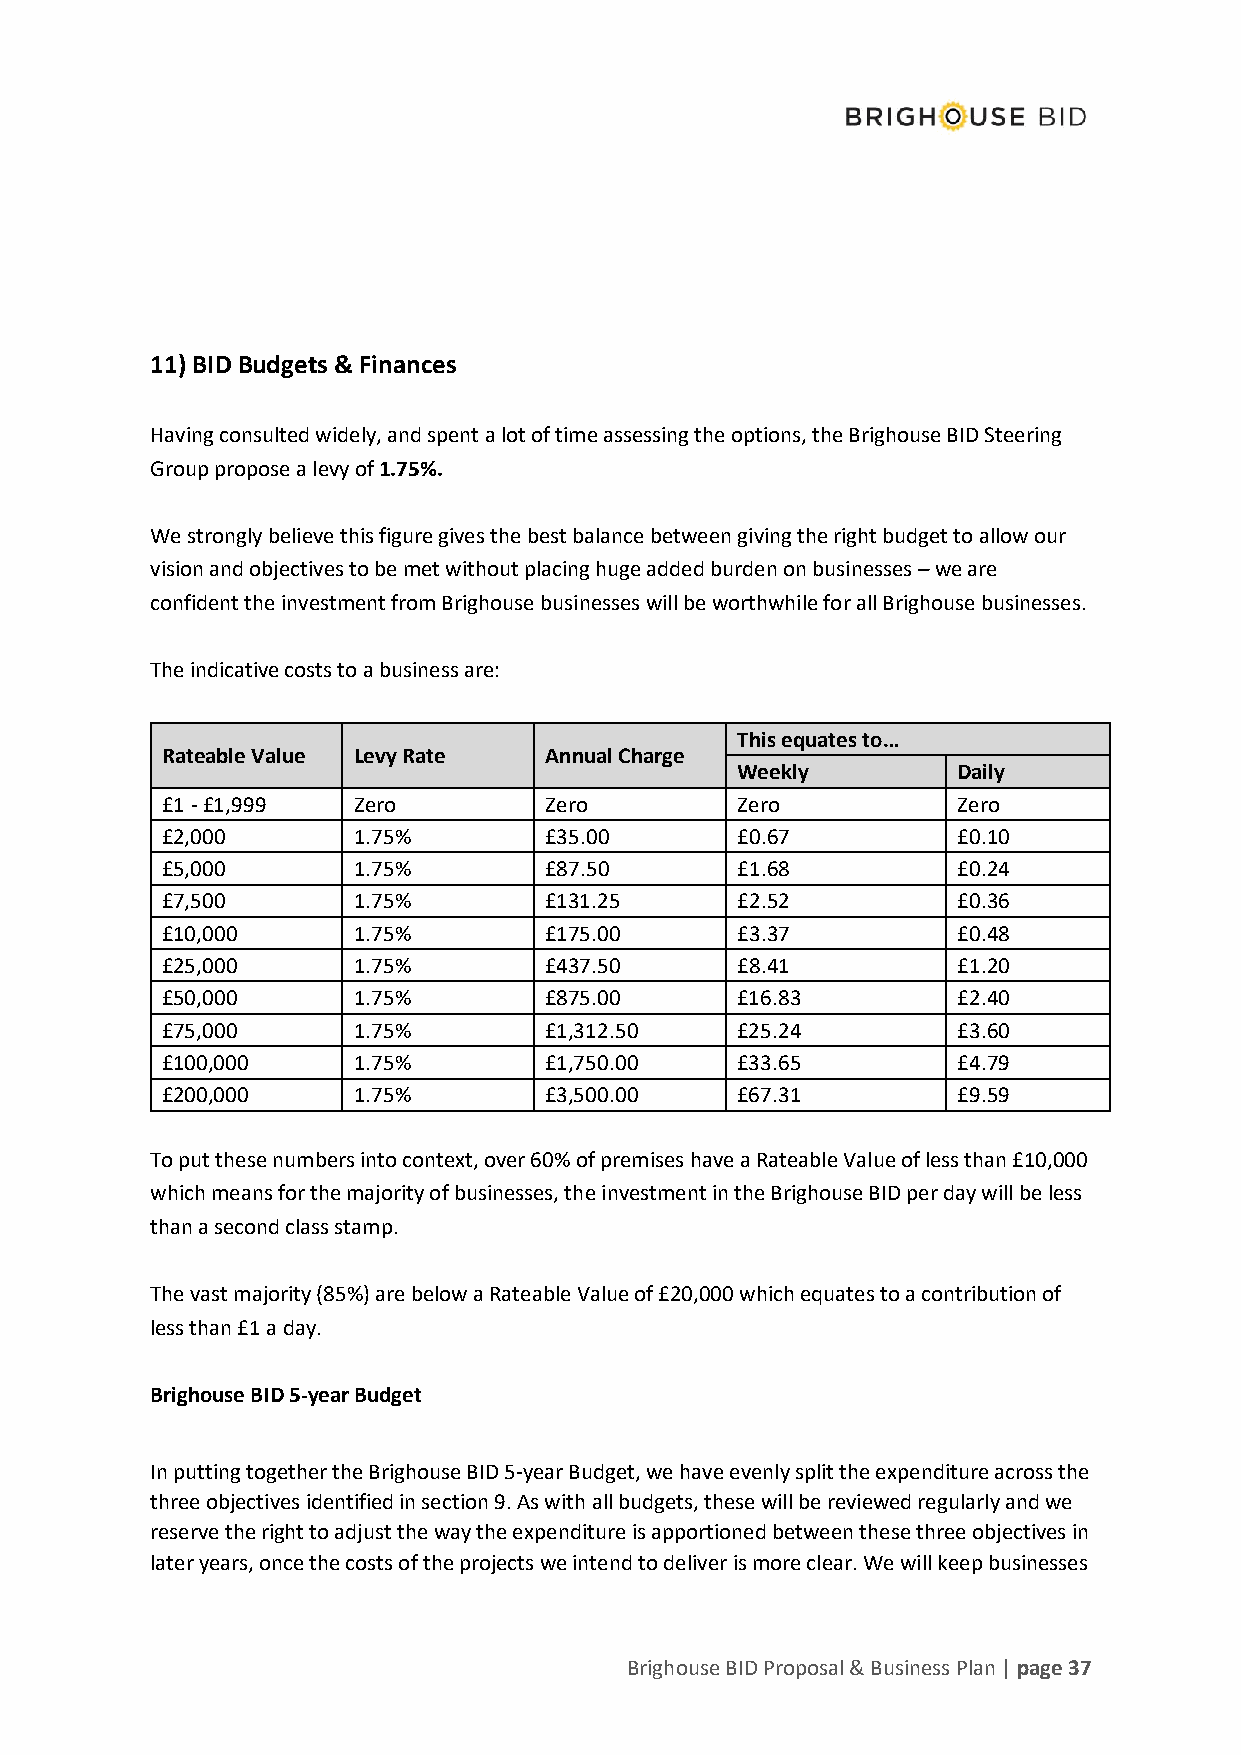
11) BID Budgets & Finances
 Having consulted widely, and spent a lot of time assessing the options, the Brighouse BID Steering
 Group propose a levy of 1.75%.
 We strongly believe this figure gives the best balance between giving the right budget to allow our
 vision and objectives to be met without placing huge added burden on businesses – we are
 confident the investment from Brighouse businesses will be worthwhile for all Brighouse businesses.
 The indicative costs to a business are:
 This equates to…
 Rateable Value Levy Rate Annual Charge
 Weekly        Daily
 £1 - £1,999 Zero         Zero         Zero          Zero
 £2,000      1.75%        £35.00       £0.67         £0.10
 £5,000      1.75%        £87.50       £1.68         £0.24
 £7,500      1.75%        £131.25      £2.52         £0.36
 £10,000     1.75%        £175.00      £3.37         £0.48
 £25,000     1.75%        £437.50      £8.41         £1.20
 £50,000     1.75%        £875.00      £16.83        £2.40
 £75,000     1.75%        £1,312.50    £25.24        £3.60
 £100,000    1.75%        £1,750.00    £33.65        £4.79
 £200,000    1.75%        £3,500.00    £67.31        £9.59
 To put these numbers into context, over 60% of premises have a Rateable Value of less than £10,000
 which means for the majority of businesses, the investment in the Brighouse BID per day will be less
 than a second class stamp.
 The vast majority (85%) are below a Rateable Value of £20,000 which equates to a contribution of
 less than £1 a day.
 Brighouse BID 5-year Budget
 In putting together the Brighouse BID 5-year Budget, we have evenly split the expenditure across the
 three objectives identified in section 9. As with all budgets, these will be reviewed regularly and we
 reserve the right to adjust the way the expenditure is apportioned between these three objectives in
 later years, once the costs of the projects we intend to deliver is more clear. We will keep businesses
 Brighouse BID Proposal & Business Plan | page 37